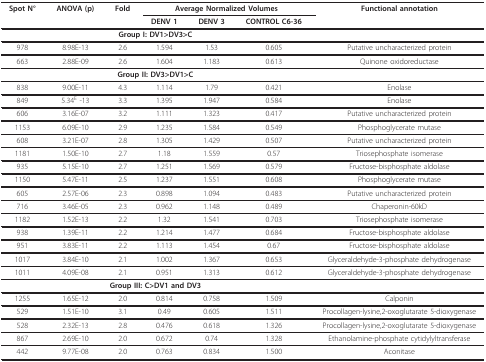
<table><thead><tr><td><b>Spot N°</b></td><td><b>ANOVA (p)</b></td><td><b>Fold</b></td><td colspan="3"><b>Average Normalized Volumes</b></td><td><b>Functional annotation</b></td></tr><tr><td></td><td></td><td></td><td><b>DENV 1</b></td><td><b>DENV 3</b></td><td><b>CONTROL C6-36</b></td><td></td></tr></thead><tbody><tr><td colspan="6"><b>Group I: DV1&gt;DV3&gt;C</b></td><td></td></tr><tr><td>978</td><td>8.98E-13</td><td>2.6</td><td>1.594</td><td>1.53</td><td>0.605</td><td>Putative uncharacterized protein</td></tr><tr><td>663</td><td>2.88E-09</td><td>2.6</td><td>1.604</td><td>1.183</td><td>0.613</td><td>Quinone oxidoreductase</td></tr><tr><td colspan="6"><b>Group II: DV3&gt;DV1&gt;C</b></td><td></td></tr><tr><td>838</td><td>9.00E-11</td><td>4.3</td><td>1.114</td><td>1.79</td><td>0.421</td><td>Enolase</td></tr><tr><td>849</td><td>5.34<sup>E </sup>-13</td><td>3.3</td><td>1.395</td><td>1.947</td><td>0.584</td><td>Enolase</td></tr><tr><td>606</td><td>3.16E-07</td><td>3.2</td><td>1.111</td><td>1.323</td><td>0.417</td><td>Putative uncharacterized protein</td></tr><tr><td>1153</td><td>6.09E-10</td><td>2.9</td><td>1.235</td><td>1.584</td><td>0.549</td><td>Phosphoglycerate mutase</td></tr><tr><td>608</td><td>3.21E-07</td><td>2.8</td><td>1.305</td><td>1.429</td><td>0.507</td><td>Putative uncharacterized protein</td></tr><tr><td>1181</td><td>1.50E-10</td><td>2.7</td><td>1.18</td><td>1.559</td><td>0.57</td><td>Triosephosphate isomerase</td></tr><tr><td>935</td><td>5.15E-10</td><td>2.7</td><td>1.251</td><td>1.569</td><td>0.579</td><td>Fructose-bisphosphate aldolase</td></tr><tr><td>1150</td><td>5.47E-11</td><td>2.5</td><td>1.237</td><td>1.551</td><td>0.608</td><td>Phosphoglycerate mutase</td></tr><tr><td>605</td><td>2.57E-06</td><td>2.3</td><td>0.898</td><td>1.094</td><td>0.483</td><td>Putative uncharacterized protein</td></tr><tr><td>716</td><td>3.46E-05</td><td>2.3</td><td>0.962</td><td>1.148</td><td>0.489</td><td>Chaperonin-60kD</td></tr><tr><td>1182</td><td>1.52E-13</td><td>2.2</td><td>1.32</td><td>1.541</td><td>0.703</td><td>Triosephosphate isomerase</td></tr><tr><td>938</td><td>1.39E-11</td><td>2.2</td><td>1.214</td><td>1.477</td><td>0.684</td><td>Fructose-bisphosphate aldolase</td></tr><tr><td>951</td><td>3.83E-11</td><td>2.2</td><td>1.113</td><td>1.454</td><td>0.67</td><td>Fructose-bisphosphate aldolase</td></tr><tr><td>1017</td><td>3.84E-10</td><td>2.1</td><td>1.002</td><td>1.367</td><td>0.653</td><td>Glyceraldehyde-3-phosphate dehydrogenase</td></tr><tr><td>1011</td><td>4.09E-08</td><td>2.1</td><td>0.951</td><td>1.313</td><td>0.612</td><td>Glyceraldehyde-3-phosphate dehydrogenase</td></tr><tr><td colspan="6"><b>Group III: C&gt;DV1 and DV3</b></td><td></td></tr><tr><td>1255</td><td>1.65E-12</td><td>2.0</td><td>0.814</td><td>0.758</td><td>1.509</td><td>Calponin</td></tr><tr><td>529</td><td>1.51E-10</td><td>3.1</td><td>0.49</td><td>0.605</td><td>1.511</td><td>Procollagen-lysine,2-oxoglutarate 5-dioxygenase</td></tr><tr><td>528</td><td>2.32E-13</td><td>2.8</td><td>0.476</td><td>0.618</td><td>1.326</td><td>Procollagen-lysine,2-oxoglutarate 5-dioxygenase</td></tr><tr><td>867</td><td>2.69E-10</td><td>2.0</td><td>0.672</td><td>0.74</td><td>1.328</td><td>Ethanolamine-phosphate cytidylyltransferase</td></tr><tr><td>442</td><td>9.77E-08</td><td>2.0</td><td>0.763</td><td>0.834</td><td>1.500</td><td>Aconitase</td></tr></tbody></table>